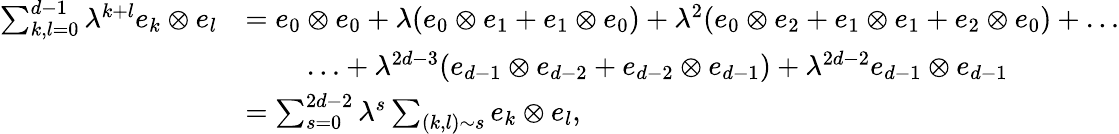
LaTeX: \begin{array}{rl}{\sum_{k,l=0}^{d-1}\lambda^{k+l}e_{k}\otimes e_{l}}&{=e_{0}\otimes e_{0}+\lambda(e_{0}\otimes e_{1}+e_{1}\otimes e_{0})+\lambda^{2}(e_{0}\otimes e_{2}+e_{1}\otimes e_{1}+e_{2}\otimes e_{0})+\ldots}\\ &{{\quad\quad}\ldots+\lambda^{2d-3}(e_{d-1}\otimes e_{d-2}+e_{d-2}\otimes e_{d-1})+\lambda^{2d-2}e_{d-1}\otimes e_{d-1}}\\ &{=\sum_{s=0}^{2d-2}\lambda^{s}\sum_{(k,l)\sim s}e_{k}\otimes e_{l},}\end{array}